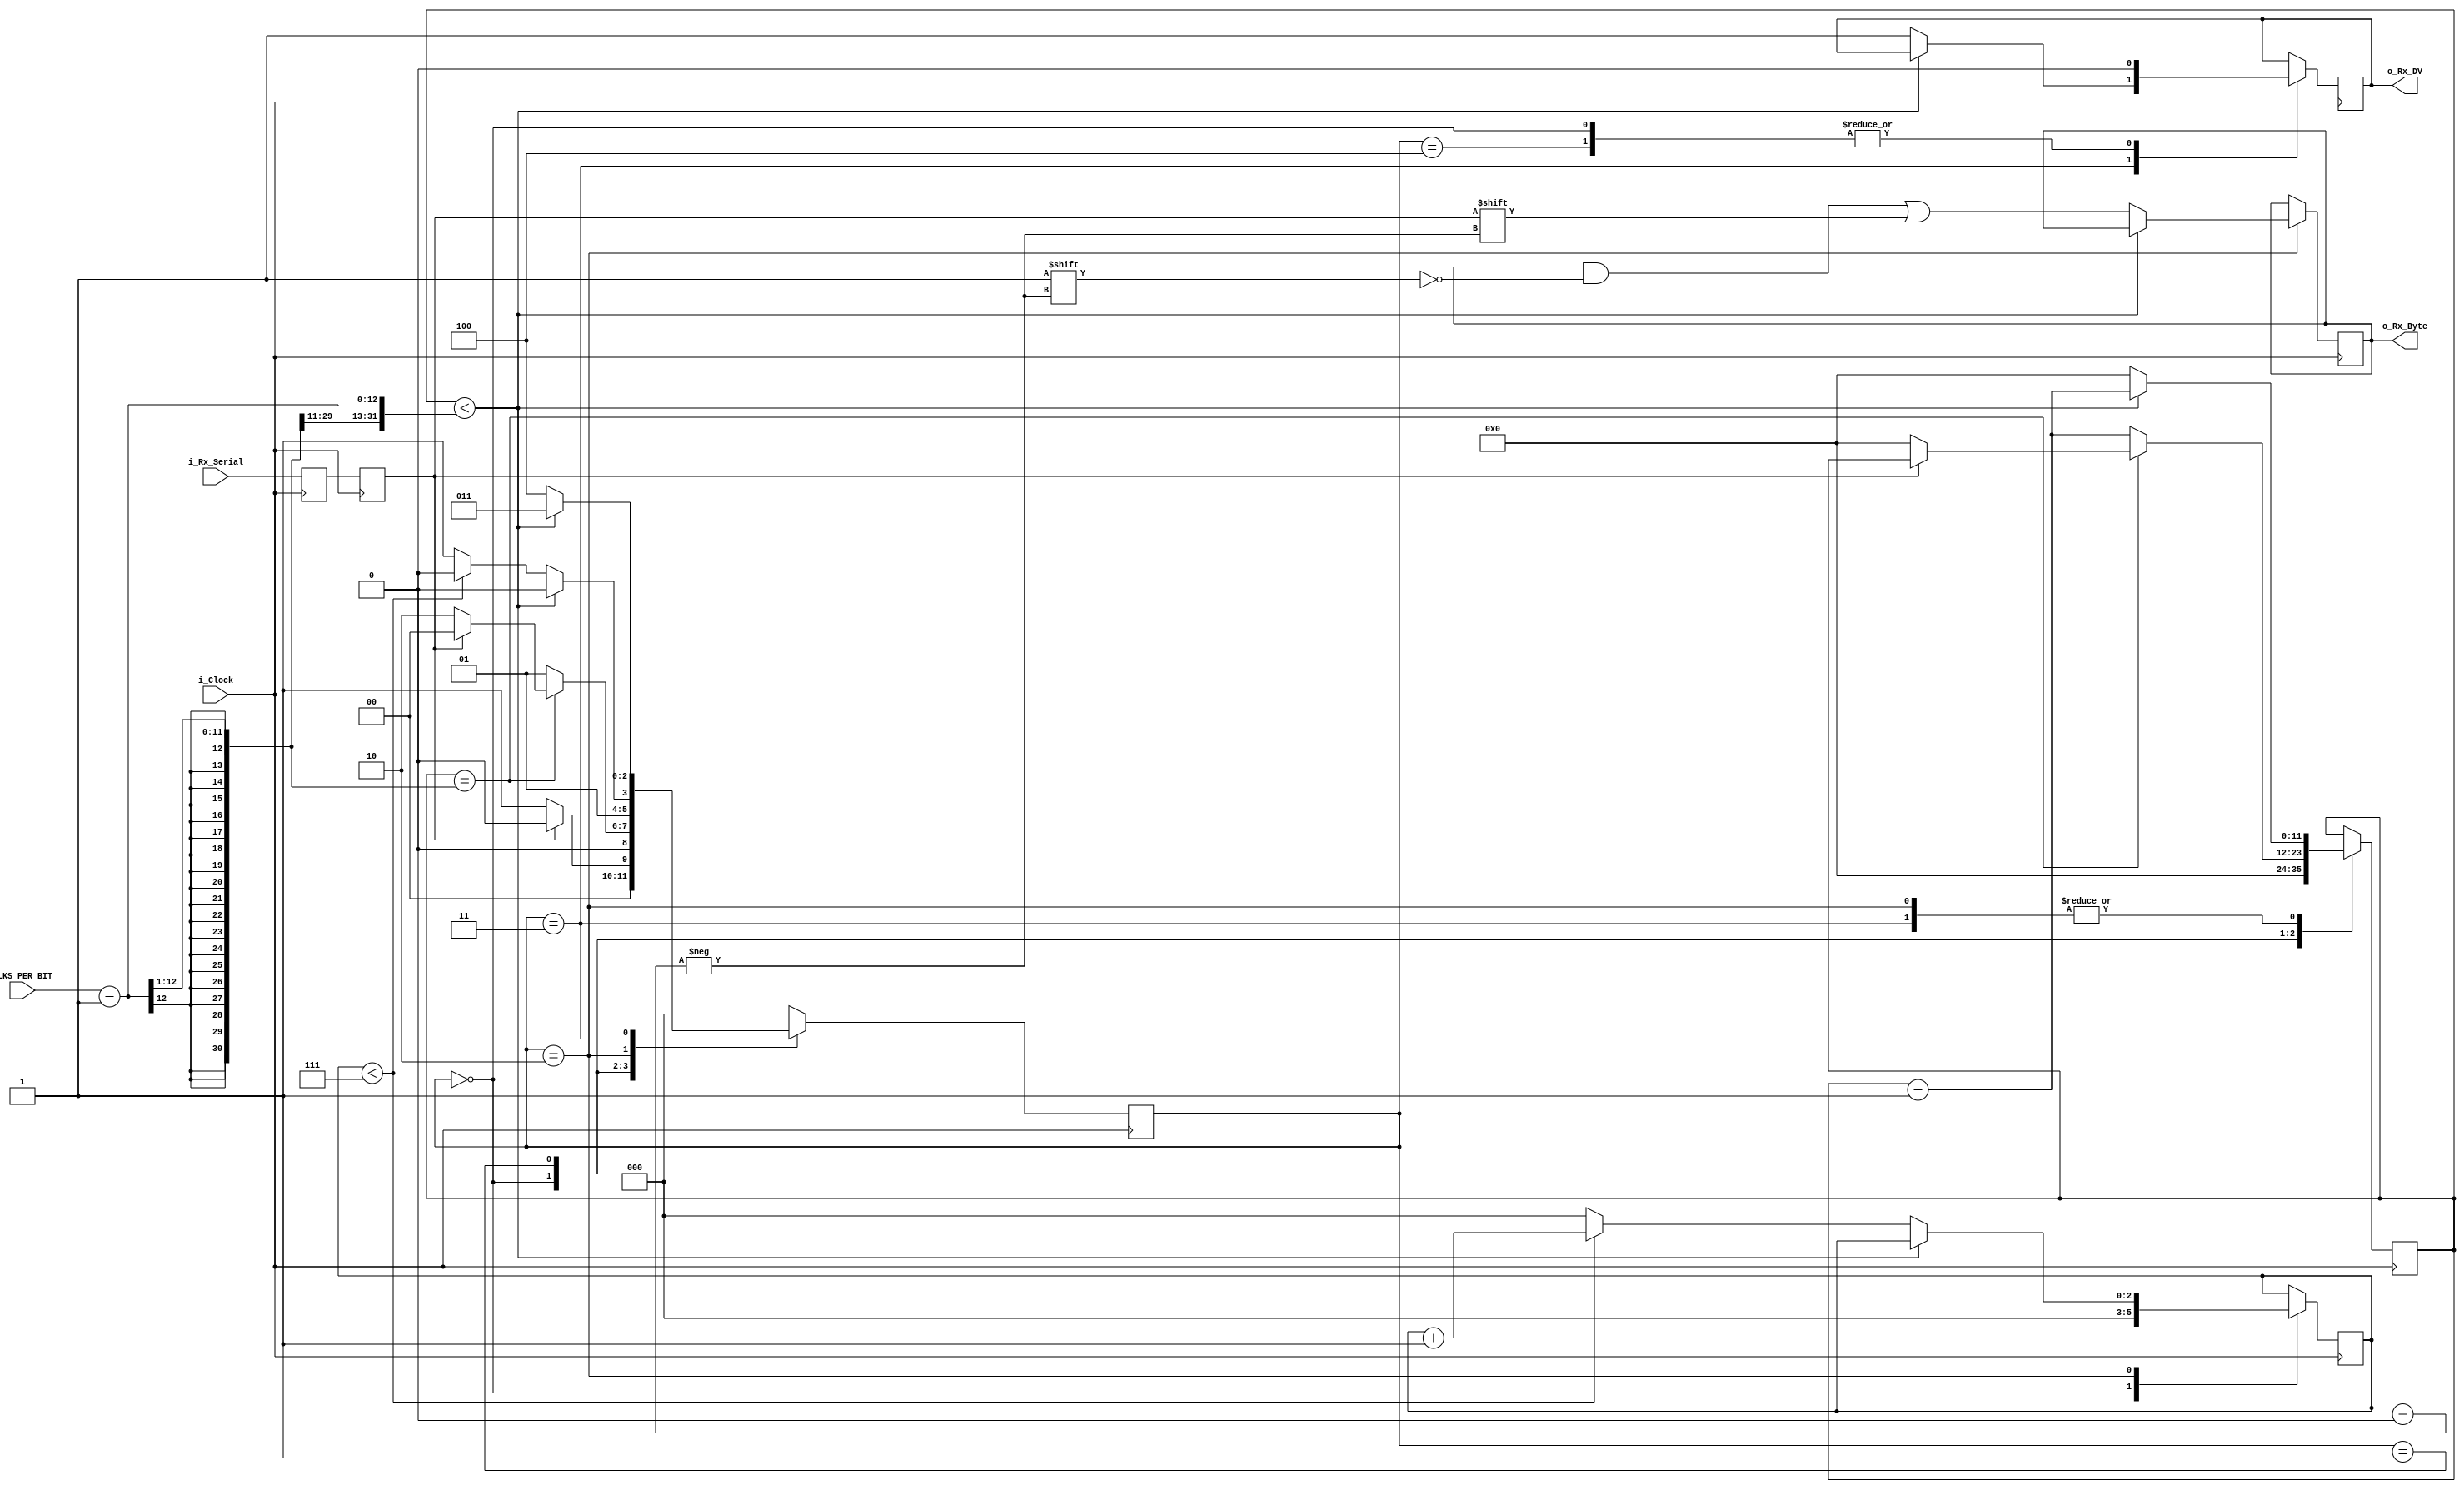
`timescale 1ns / 1ps
//////////////////////////////////////////////////////////////////////////////////
// Company: 
// Engineer: 
// 
// Design Name: 
// Module Name:    uart_rx 
// Project Name: 
// Target Devices: 
// Tool versions: 
// Description: 
//
// Dependencies: 
//
// Revision: 
// Revision 0.01 - File Created
// Additional Comments: 
//
//////////////////////////////////////////////////////////////////////////////////
//////////////////////////////////////////////////////////////////////
// File Downloaded from http://www.nandland.com
//////////////////////////////////////////////////////////////////////
// This file contains the UART Receiver.  This receiver is able to
// receive 8 bits of serial data, one start bit, one stop bit,
// and no parity bit.  When receive is complete o_rx_dv will be
// driven high for one clock cycle.
// 
// Set Parameter CLKS_PER_BIT as follows:
// CLKS_PER_BIT = (Frequency of i_Clock)/(Frequency of UART)
// Example: 10 MHz Clock, 115200 baud UART
// (10000000)/(115200) = 87
  
module uart_rx 
  (
   input        i_Clock,
   input        i_Rx_Serial,
	input[11:0]   CLKS_PER_BIT,
   output       o_Rx_DV,
   output [7:0] o_Rx_Byte
   );
    
  parameter s_IDLE         = 3'b000;
  parameter s_RX_START_BIT = 3'b001;
  parameter s_RX_DATA_BITS = 3'b010;
  parameter s_RX_STOP_BIT  = 3'b011;
  parameter s_CLEANUP      = 3'b100;
   
  reg           r_Rx_Data_R = 1'b1;
  reg           r_Rx_Data   = 1'b1;
   
  reg [11:0]     r_Clock_Count = 0;
  reg [2:0]     r_Bit_Index   = 0; //8 bits total
  reg [7:0]     r_Rx_Byte     = 0;
  reg           r_Rx_DV       = 0;
  reg [2:0]     r_SM_Main     = 0;
   
  // Purpose: Double-register the incoming data.
  // This allows it to be used in the UART RX Clock Domain.
  // (It removes problems caused by metastability)
  always @(posedge i_Clock)
    begin
      r_Rx_Data_R <= i_Rx_Serial;
      r_Rx_Data   <= r_Rx_Data_R;
    end
   
   
  // Purpose: Control RX state machine
  always @(posedge i_Clock)
    begin
       
      case (r_SM_Main)
        s_IDLE :
          begin
            r_Rx_DV       <= 1'b0;
            r_Clock_Count <= 0;
            r_Bit_Index   <= 0;
             
            if (r_Rx_Data == 1'b0)          // Start bit detected
              r_SM_Main <= s_RX_START_BIT;
            else
              r_SM_Main <= s_IDLE;
          end
         
        // Check middle of start bit to make sure it's still low
        s_RX_START_BIT :
          begin
            if (r_Clock_Count == ((CLKS_PER_BIT-1)>>1))
              begin
                if (r_Rx_Data == 1'b0)
                  begin
                    r_Clock_Count <= 0;  // reset counter, found the middle
                    r_SM_Main     <= s_RX_DATA_BITS;
                  end
                else
                  r_SM_Main <= s_IDLE;
              end
            else
              begin
                r_Clock_Count <= r_Clock_Count + 1;
                r_SM_Main     <= s_RX_START_BIT;
              end
          end // case: s_RX_START_BIT
         
         
        // Wait CLKS_PER_BIT-1 clock cycles to sample serial data
        s_RX_DATA_BITS :
          begin
            if (r_Clock_Count < CLKS_PER_BIT-1)
              begin
                r_Clock_Count <= r_Clock_Count + 1;
                r_SM_Main     <= s_RX_DATA_BITS;
              end
            else
              begin
                r_Clock_Count          <= 0;
                r_Rx_Byte[r_Bit_Index] <= r_Rx_Data;
                 
                // Check if we have received all bits
                if (r_Bit_Index < 7)
                  begin
                    r_Bit_Index <= r_Bit_Index + 1;
                    r_SM_Main   <= s_RX_DATA_BITS;
                  end
                else
                  begin
                    r_Bit_Index <= 0;
                    r_SM_Main   <= s_RX_STOP_BIT;
                  end
              end
          end // case: s_RX_DATA_BITS
     
     
        // Receive Stop bit.  Stop bit = 1
        s_RX_STOP_BIT :
          begin
            // Wait CLKS_PER_BIT-1 clock cycles for Stop bit to finish
            if (r_Clock_Count < CLKS_PER_BIT-1)
              begin
                r_Clock_Count <= r_Clock_Count + 1;
                r_SM_Main     <= s_RX_STOP_BIT;
              end
            else
              begin
                r_Rx_DV       <= 1'b1;
                r_Clock_Count <= 0;
                r_SM_Main     <= s_CLEANUP;
              end
          end // case: s_RX_STOP_BIT
     
         
        // Stay here 1 clock
        s_CLEANUP :
          begin
            r_SM_Main <= s_IDLE;
            r_Rx_DV   <= 1'b0;
          end
         
         
        default :
          r_SM_Main <= s_IDLE;
         
      endcase
    end   
   
  assign o_Rx_DV   = r_Rx_DV;
  assign o_Rx_Byte = r_Rx_Byte;
   
endmodule // uart_rx